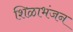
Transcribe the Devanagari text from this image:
शिळाभंजन